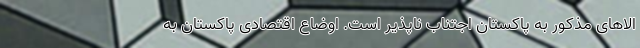
الاهای مذکور به پاکستان اجتناب ناپذیر است. اوضاع اقتصادی پاکستان به